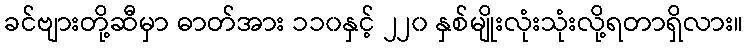
ခင်ဗျားတို့ဆီမှာ ဓာတ်အား ၁၁၀နှင့် ၂၂၀ နှစ်မျိုးလုံးသုံးလို့ရတာရှိလား။